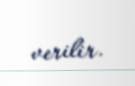
verilir.